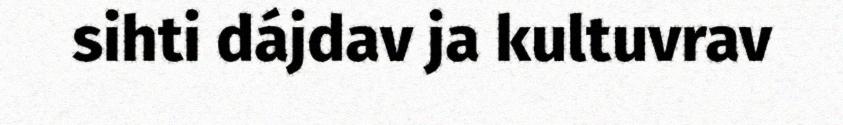
sihti dájdav ja kultuvrav